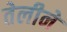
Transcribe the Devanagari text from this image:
तेलीने